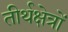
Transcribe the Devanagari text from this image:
तीर्थक्षेत्रों